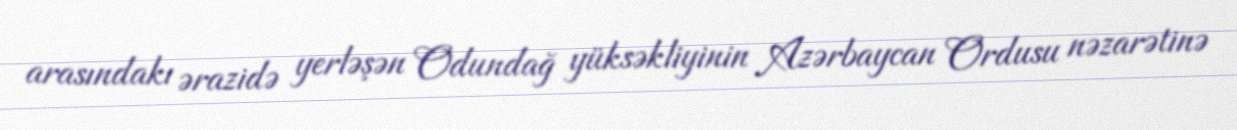
arasındakı ərazidə yerləşən Odundağ yüksəkliyinin Azərbaycan Ordusu nəzarətinə